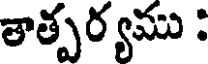
తాత్పర్యము :